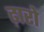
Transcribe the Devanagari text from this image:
ढ़ारो